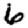
Digit: 6